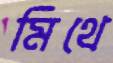
মিথে